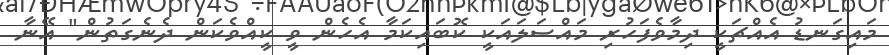
މައިގަނޑު އެއްޗަކީ ދިމާވެފަހުރި މައްސަލައަކީ ކޮބައިކަމާ އެހެން ވީ ކީއްވެކަން ދެނެގަތުން" އޭނާ